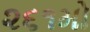
૨૬૧મો